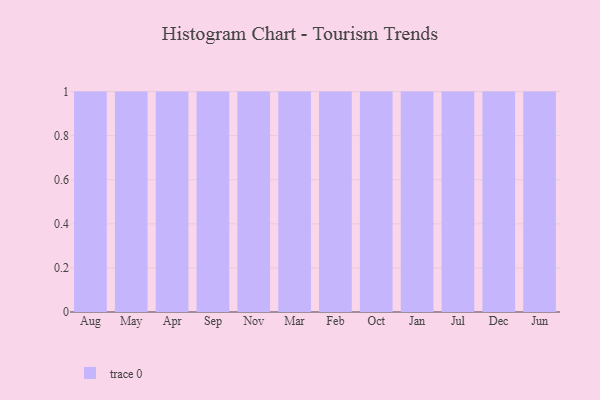
{"axis": {"x": "Month", "y": "Budget (USD K)"}, "legend": [""], "data": [{"x": "Aug", "y": 31, "type": ""}, {"x": "May", "y": 84, "type": ""}, {"x": "Apr", "y": 75, "type": ""}, {"x": "Sep", "y": 13, "type": ""}, {"x": "Nov", "y": 2, "type": ""}, {"x": "Mar", "y": 34, "type": ""}, {"x": "Feb", "y": 60, "type": ""}, {"x": "Oct", "y": 63, "type": ""}, {"x": "Jan", "y": 16, "type": ""}, {"x": "Jul", "y": 53, "type": ""}, {"x": "Dec", "y": 71, "type": ""}, {"x": "Jun", "y": 52, "type": ""}]}